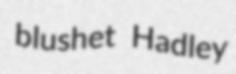
blushet Hadley